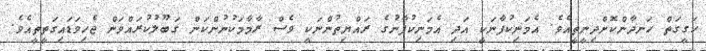
ހަގީގަތް ހަނދާންކޮށްދިނީތީއެވެ. އެމަނިކުފާނަކީ އަދި އެމަނިކުފާނުގެ ރައްޔިތުންނަކީ ވެސް ރާމާމަކުނުންކަން ގަބޫލުކުރައްވަން ޖެހިވަޑައިގަތީތީއެވެ.